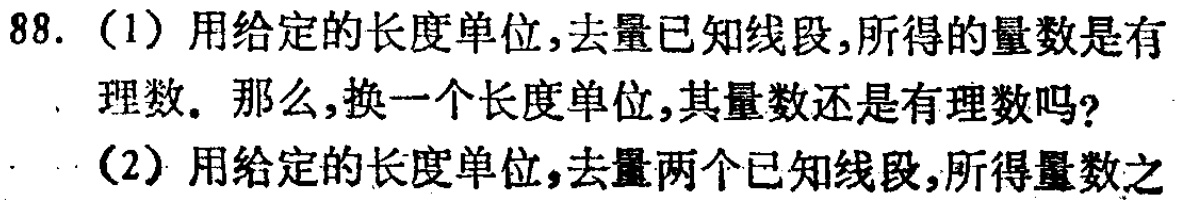
88. (1) 用给定的长度单位，去量已知线段，所得的量数是有理数。那么，换一个长度单位，其量数还是有理数吗？
(2) 用给定的长度单位，去量两个已知线段，所得量数之